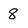
Character: 8